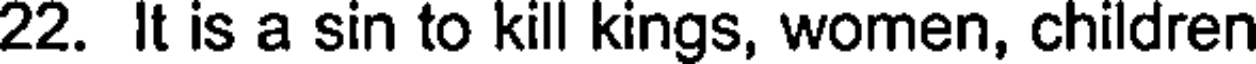
22. It is a sin to kill kings, women, children